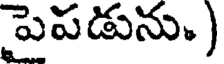
పెపడును.)